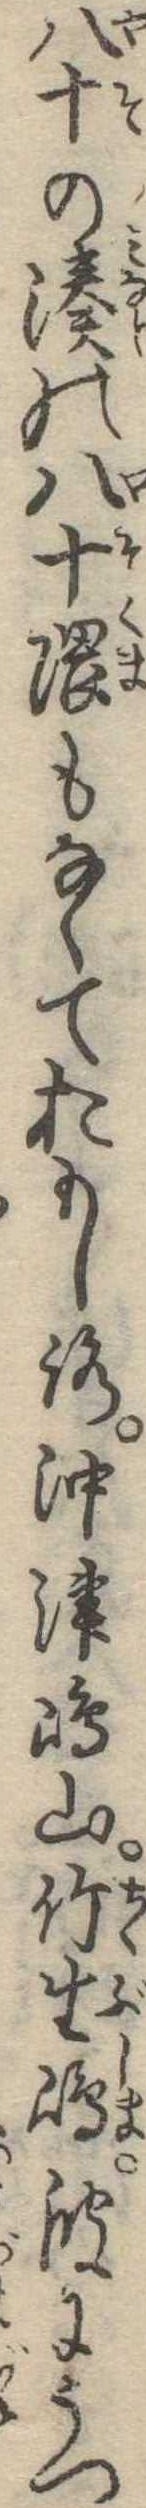
八十の湊の八十隈もなくておもしろ沖津島山竹生島波にうつ